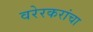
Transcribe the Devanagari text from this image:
वरेरकरांचा